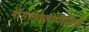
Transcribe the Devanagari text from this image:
नोसाइक्लोपीडिया